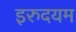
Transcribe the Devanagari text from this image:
इरुदयम